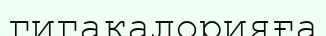
гигакалорияға